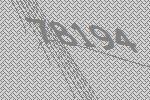
78194